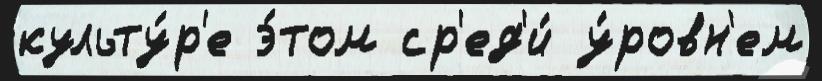
культу́р'е э́том ср'ед'и́ у́ровн'ем